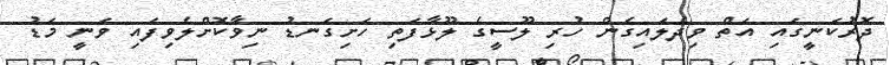
ދޮރުކަނީގައި އަތް ވިދެލައިގެން ހުރި ލޫސީގެ ލޫޅާފަތި ހަށިގަނޑު ނިވާކޮށްލެވިފައި ވަނީ މަޑު